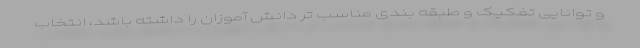
و توانایی تفکیک و طبقه بندی مناسب تر دانش آموزان را داشته باشد، انتخاب